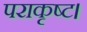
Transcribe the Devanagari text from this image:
पराकृष्ट।